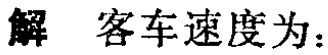
解 客车速度为：